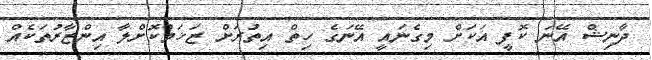
ދާނިޝް އޭނަ ކޮފީ އަކަށް މިގެނައީ އޭނަގެ ހިތް އިތުރަށް ޒަޚަމްކޮށްލާ އިންޒާރުތަކެއް